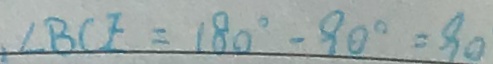
\angle B C F = 1 8 0 ^ { \circ } - 9 0 ^ { \circ } = 9 0